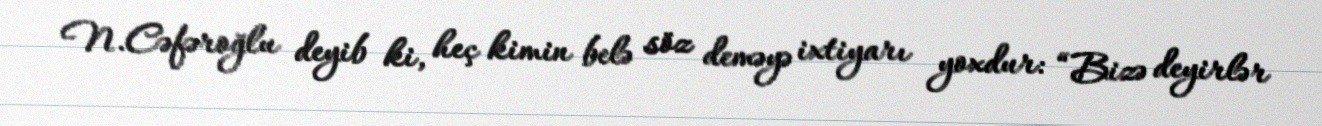
N.Cəfəroğlu deyib ki, heç kimin belə söz deməyə ixtiyarı yoxdur: “Bizə deyirlər